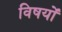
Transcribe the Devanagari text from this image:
विषयोंं